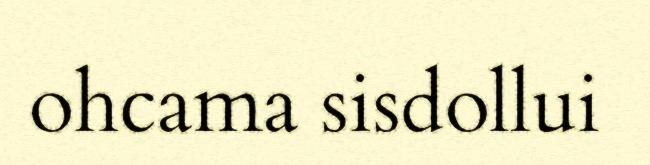
ohcama sisdollui